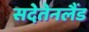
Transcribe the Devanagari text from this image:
सदेतेनलैंड